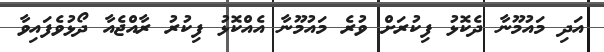
އަދި މައުމޫނާ ދެކޮޅު ފިކުރަށް ވުރެ މައުމޫނާ އެއްކޮޅު ފިކުރު ރާއްޖެއާ ދޯޅުވެފައިވާ